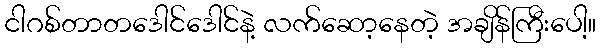
ငါဂစ်တာတဒေါင်ဒေါင်နဲ့ လက်ဆော့နေတဲ့ အချိန်ကြီးပေါ့။